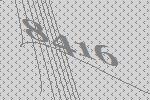
8416